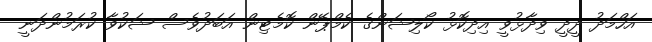
އަހްމަދު ދީދީ ވިދާޅުވީ އިދިކޮޅު ކޯލިޝަންގެ ކެމްޕޭން ކޮމެޓިން އަބަދުވެސް ޝަކުވާ ކުރަމުންދަނީ